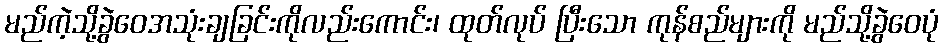
မည်ကဲ့သို့ခွဲဝေအသုံးချခြင်းကိုလည်းကောင်း၊ ထုတ်လုပ် ပြီးသော ကုန်စည်များကို မည်သို့ခွဲဝေပုံ